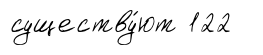
существу́ют 122